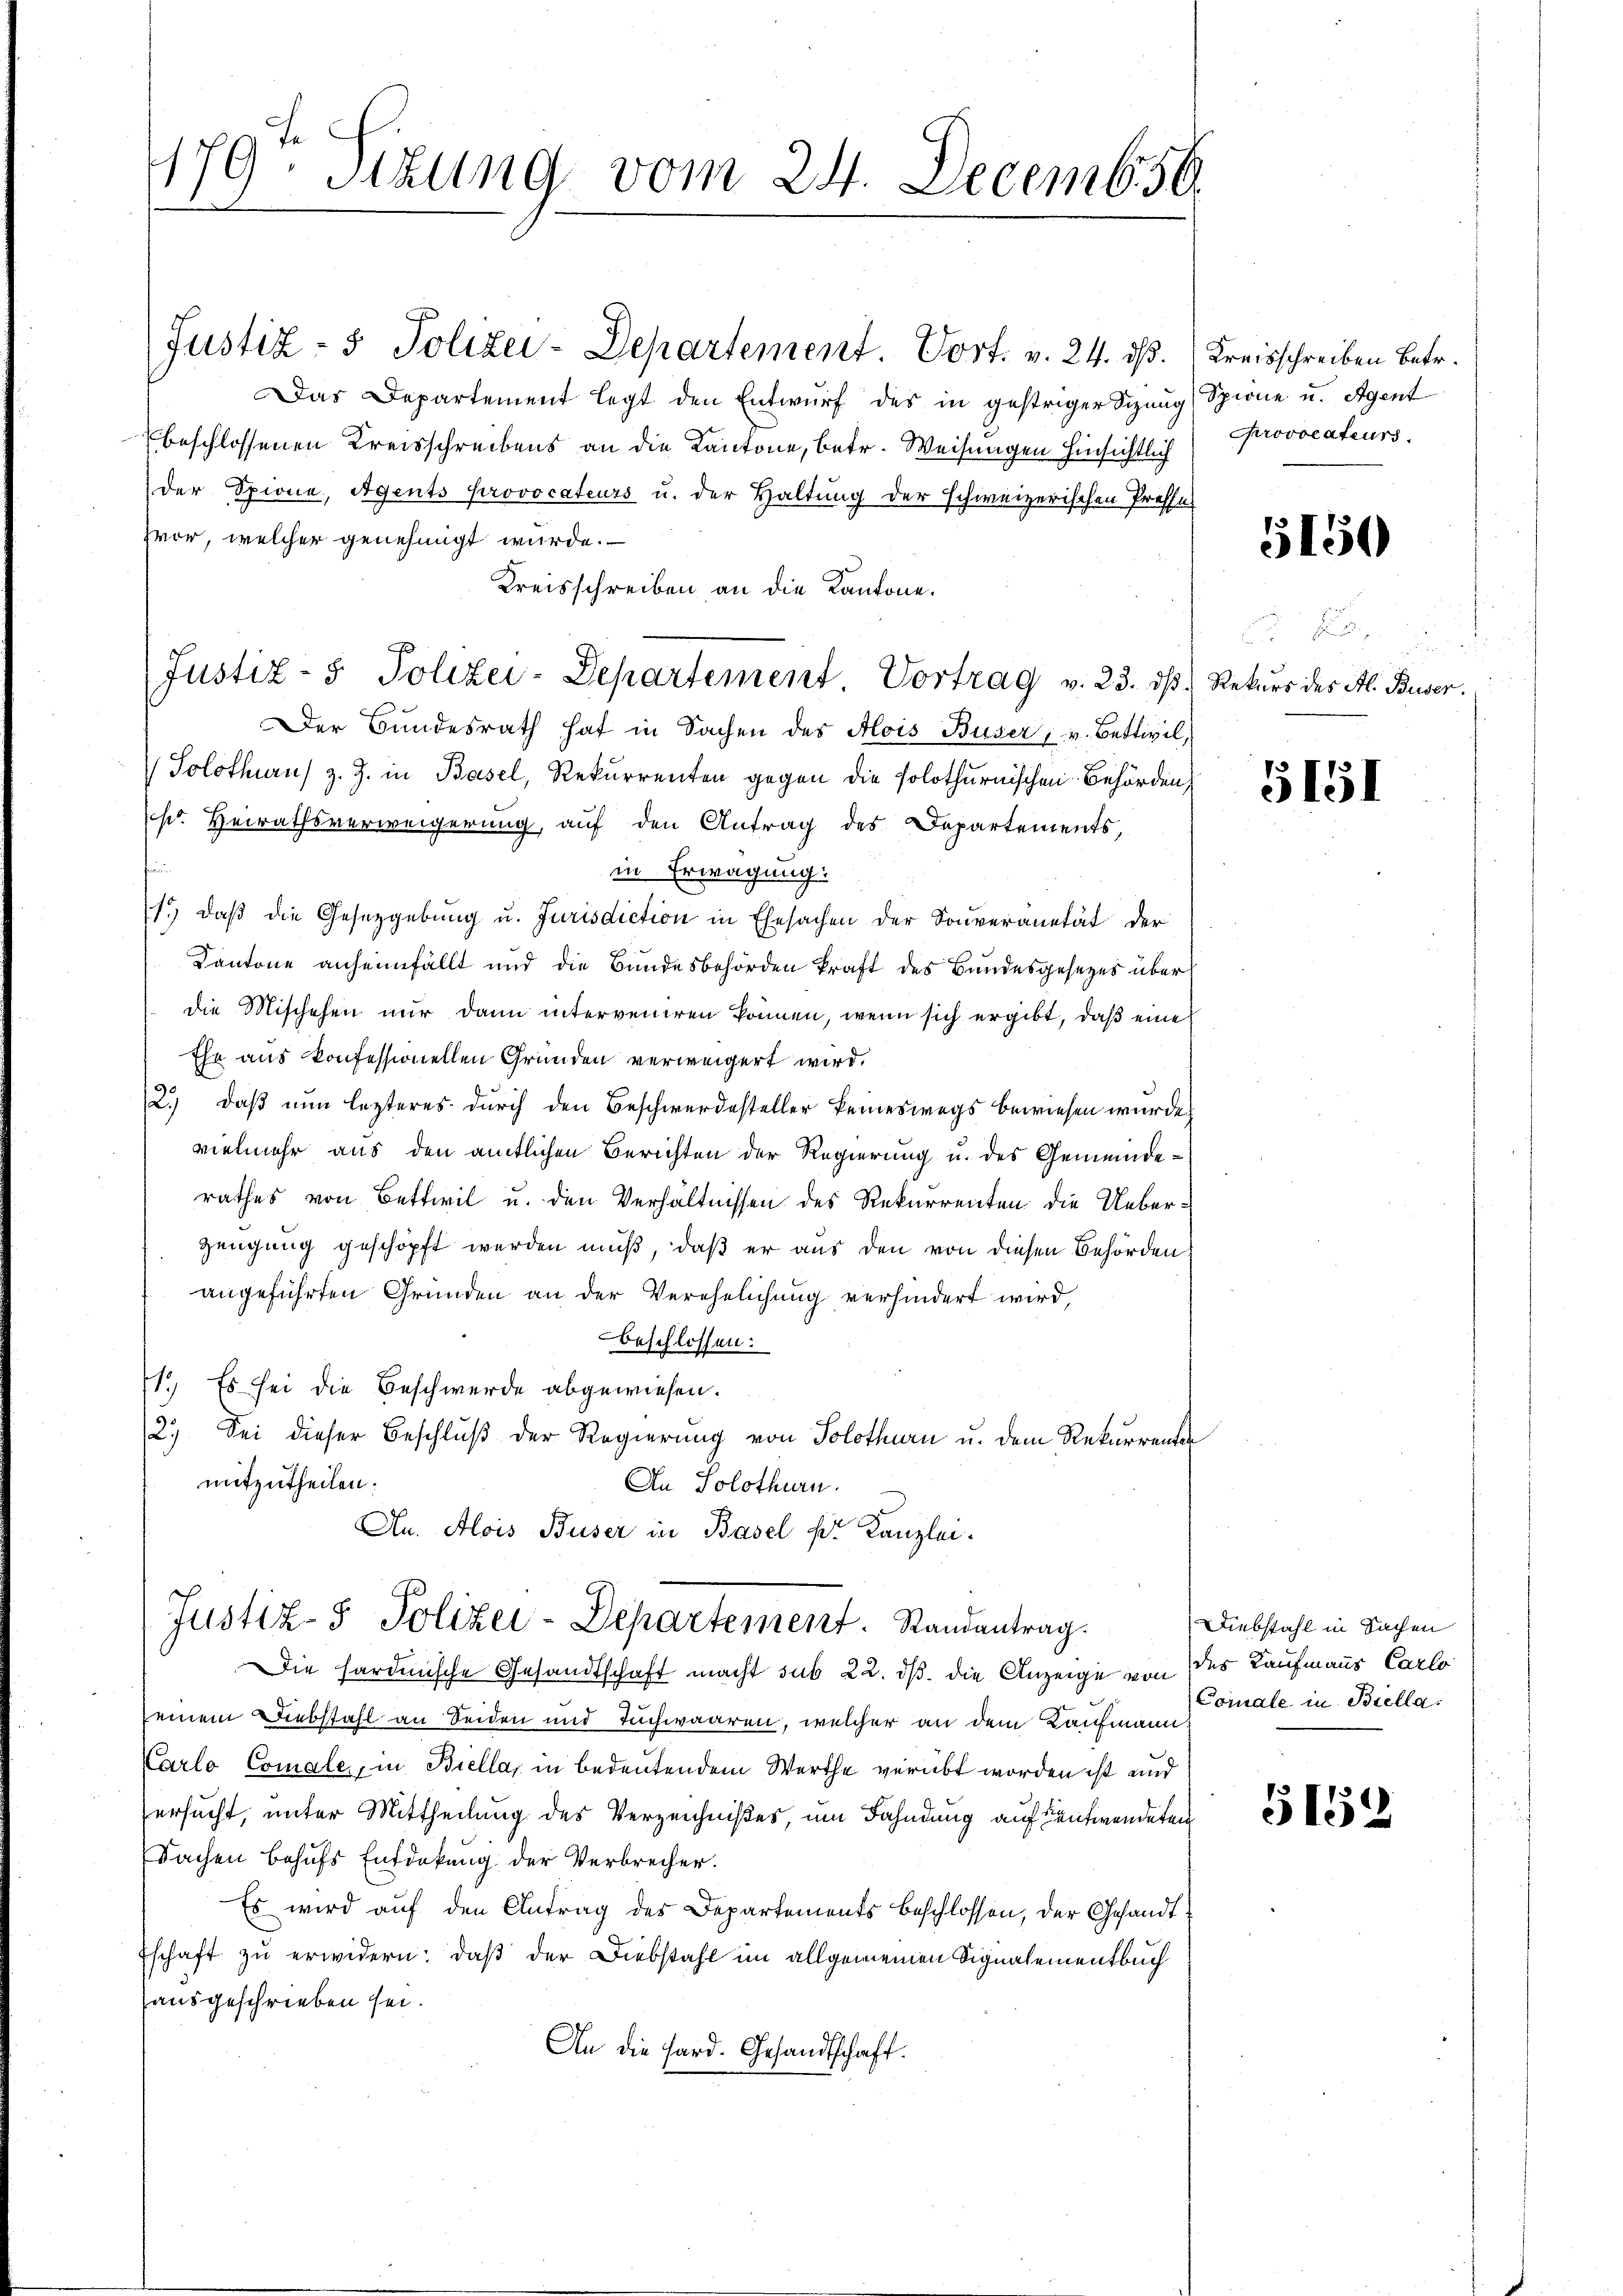
179. Sitzung vom 24. Decemb. 56

Justiz- & Polizei-Departement. Vort. v. 24. ds.
Das Departement legt den Entwurf des in gestriger Sitzung
Ebeschlossenen Kreisschreibens an die Kantone, betr. Weisungen hinsichtlich
der Spione, Agents provocateurs u. der Haltung der schweizerischen Presse
zvor, welcher genehmigt wurde.
Kreisschreiben, an die Kantone.
Der Bundesrath hat in Sachen des Alois Buser, v. Bettivil,
Solothurn, z. Z. in Basel, Rekurrenten gegen die solothurnischen Behörden,
pr. Heirathsverweigerung, auf den Antrag des Departements,
in Erwägung.
1.) daß die Gesetzgebung u. Jurisdiction in Ehesachen der Souveranetät der
Kantone anheimfällt und die Bundesbehörden kraft des Bundesgesezes über
die Mischehen nur dann interveniren können, wenn sich ergibt, daß eine
Ehe aus konfessionellen Gründen verweigert wird.
2.) daß nun lezteres durch den Beschwerdesteller keineswegs bewiesen wurde.
vielmehr aus den amtlichen Berichten der Regierung u. des Gemeinderathes von Bettwil u. den Verhältnissen des Rekurrenten die Ueber¬
Zeugung geschöpft werden muß, daß er aus den von diesen Behörden
angeführten Gründen an der Verehelichung verhindert wird,
beschlossen:
1.) Es sei die Beschwerde abgewiesen.
12)
Sei dieser Beschluß der Regierung von Solothurn u. dem Rekurrenten
mitzutheilen.
An Solothurn.
An. Alois Buser in Basel pr. Kanzlei.
Justiz- & Polizei-Departement. Randantrag.
Die hardinische Gesandtschaft macht sub 22. ds. die Anzeige von des Kaufmanns Carlo
seinem Diebstahl an Seiden und Tuchwaaren, welcher an dem Kaufmann
Karlo Comale, in Biella, in bedeutendem Werthe verübt worden ist und
ersucht, unter Mittheilung des Verzeichnißes, um Fahndung auf entwendeten
Sachen behufs Entdekung der Verbrecher.
Es wird auf den Antrag des Departements beschlossen, der Gesandtschaft zu erwidern: daß der Diebstahl im allgemeinen Signalementbuch
ausgeschrieben sei.
An die Hard. Gesandtschaft.

Justiz- & Polizei-Departement Vortrag v. 23. dβ. Rekŭrs des Al. Buser.

Kreisschreiben betr.
Spione u. Agent
Pprovocateurs.

5150

5151

Diebstahl in Sachen
Comale in Biella

5152